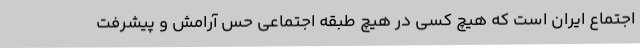
اجتماع ایران است که هیچ کسی در هیچ طبقه اجتماعی حس آرامش و پیشرفت